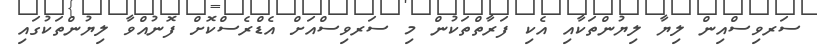
ސަރވިސްއިން ލިޔާ ލިޔުންތަކާއި އެކި ފަރާތްތަކުން މި ސަރވިސްއަށް އެޑްރެސްކޮށް ފޮނުއްވާ ލިޔުންތަކުގައި